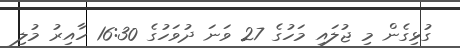
ގުޅިގެން މި ޖުލައި މަހުގެ 27 ވަނަ ދުވަހުގެ 16:30 ހާއިރު މުލި